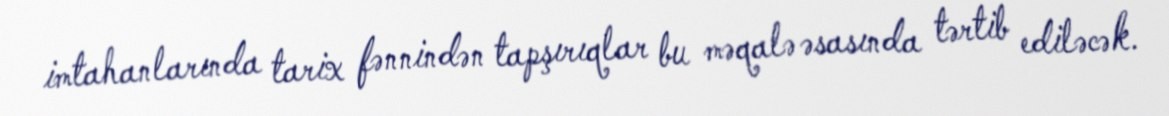
imtahanlarında tarix fənnindən tapşırıqlar bu məqalə əsasında tərtib ediləcək.